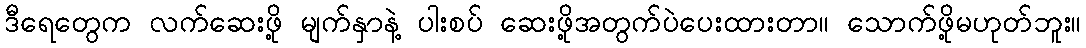
ဒီရေတွေက လက်ဆေးဖို့ မျက်နှာနဲ့ ပါးစပ် ဆေးဖို့အတွက်ပဲပေးထားတာ။ သောက်ဖို့မဟုတ်ဘူး။